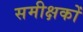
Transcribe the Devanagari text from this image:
समीक्षकोँ